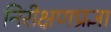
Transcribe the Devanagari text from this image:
निरीक्षणप्रज्ञा